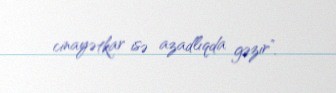
cinayətkar isə azadlıqda gəzir”.